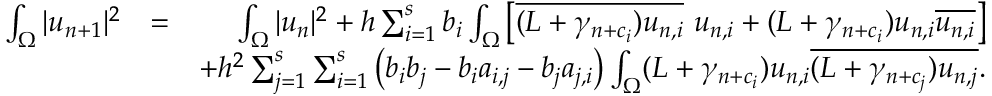
\begin{array} { r l r } { \int _ { \Omega } | u _ { n + 1 } | ^ { 2 } } & { = } & { \int _ { \Omega } | u _ { n } | ^ { 2 } + h \sum _ { i = 1 } ^ { s } b _ { i } \int _ { \Omega } \left[ \overline { { ( L + \gamma _ { n + c _ { i } } ) u _ { n , i } } } ~ u _ { n , i } + ( L + \gamma _ { n + c _ { i } } ) u _ { n , i } \overline { { u _ { n , i } } } \right] } \\ & { } & { + h ^ { 2 } \sum _ { j = 1 } ^ { s } \sum _ { i = 1 } ^ { s } \left( b _ { i } b _ { j } - b _ { i } a _ { i , j } - b _ { j } a _ { j , i } \right) \int _ { \Omega } ( L + \gamma _ { n + c _ { i } } ) u _ { n , i } \overline { { ( L + \gamma _ { n + c _ { j } } ) u _ { n , j } } } . } \end{array}